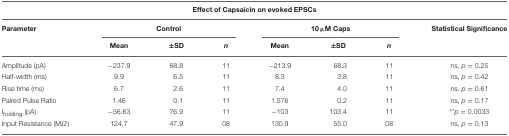
| <COLSPAN=8> Effect of Capsaicin on evoked EPSCs |
 | Parameter | <COLSPAN=3> Control | <COLSPAN=3> 10 μM Caps | Statistical Significance |
 |  | Mean | ±SD | n | Mean | ±SD | n |  |
 | --- | --- | --- | --- | --- | --- | --- | --- |
 | Amplitude (pA) | −237.9 | 68.8 | 11 | −213.9 | 68.3 | 11 | ns, p = 0.25 |
 | Half-width (ms) | 9.9 | 6.5 | 11 | 8.3 | 3.8 | 11 | ns, p = 0.42 |
 | Rise time (ms) | 6.7 | 2.6 | 11 | 7.4 | 4.0 | 11 | ns, p = 0.61 |
 | Paired Pulse Ratio | 1.46 | 0.1 | 11 | 1.576 | 0.2 | 11 | ns, p = 0.17 |
 | Iholding (pA) | −56.63 | 76.9 | 11 | −103 | 103.4 | 11 | **p = 0.0033 |
 | Input Resistance (MΩ) | 124.7 | 47.9 | 08 | 130.9 | 55.0 | 08 | ns, p = 0.13 |